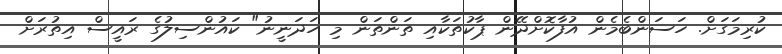
ކުރިމަގަށް. ހަސަންބެމެން އުފާކޮށްދޭން ޕާކުތަކާއި ތަންތަން މި ހަދަނީނު" ކައުންސިލުގެ ރައީސް އިތުރަށް